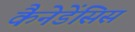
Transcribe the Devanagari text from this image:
कैनेडेंसिस